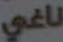
ناغي